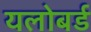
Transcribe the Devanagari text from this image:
यलोबर्ड